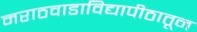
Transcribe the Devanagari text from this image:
मराठवाडाविद्यापीठातून